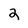
Character: 2